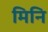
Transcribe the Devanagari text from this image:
मिनि